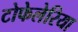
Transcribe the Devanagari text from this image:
टोफेलेरिया